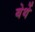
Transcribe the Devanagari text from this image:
बेर्थे